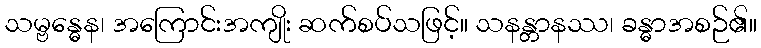
သမ္ဗန္ဓေန၊ အကြောင်းအကျိုး ဆက်စပ်သဖြင့်။ သနန္တာနဿ၊ ခန္ဓာအစဉ်၏။